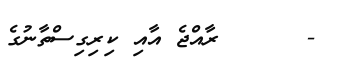
-      ރާއްޖެ އާއި ކިރިގިސްތާނުގެ